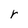
Character: r